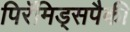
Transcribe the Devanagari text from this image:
पिरॅमिड्सपैकी